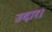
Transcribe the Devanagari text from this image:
उदार।